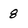
Character: 8